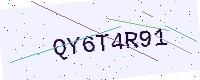
Text: QY6T4R91